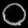
Digit: ၀